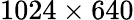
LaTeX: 1024\times 640